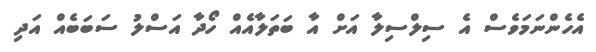
އެހެންނަމަވެސް އެ ސިލްސިލާ އަށް އާ ބަތަލާއެއް ހޯދާ އަސްލު ސަބަބެއް އަދި